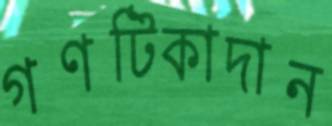
গণটিকাদান